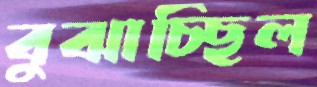
বুঝাচ্ছিল